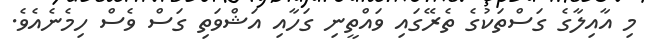
މި އާއިލާގެ ގަސްތަކުގެ ތެރޭގައި ވައްތީނި ގަހާއި އަޝްވަތި ގަސް ވެސް ހިމެނެއެވެ.